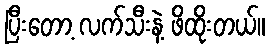
ပြီးတော့ လက်သီးနဲ့ ဖိထိုးတယ်။